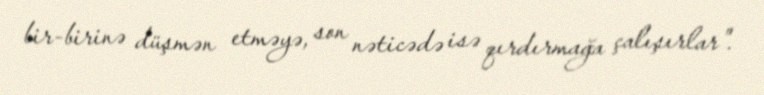
bir-birinə düşmən etməyə, son nəticədə isə qırdırmağa çalışırlar".